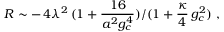
\: R \sim - \, 4 \lambda ^ { 2 } \, ( 1 + \frac { 1 6 } { a ^ { 2 } g _ { c } ^ { 4 } } ) / ( 1 + \frac { \kappa } { 4 } \, g _ { c } ^ { 2 } ) \, \, , \: